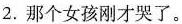
2.那个女孩刚才哭了。